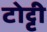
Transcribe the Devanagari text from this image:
टोट्टी